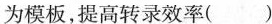
为模板，提高转录效率（）